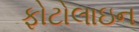
ફોટોલાઇન